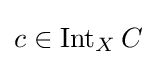
c\in \operatorname {Int} _{X}C